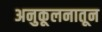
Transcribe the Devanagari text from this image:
अनुकूलनातून